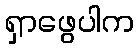
ရှာဖွေပါက